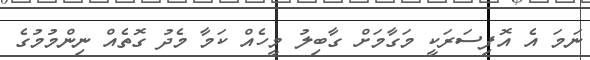
ނަމަ އެ އޮފިސަރަކީ މަގާމަށް ގާބިލު މީހެއް ކަމާ މެދު ގޮތެއް ނިންމުމުގެ